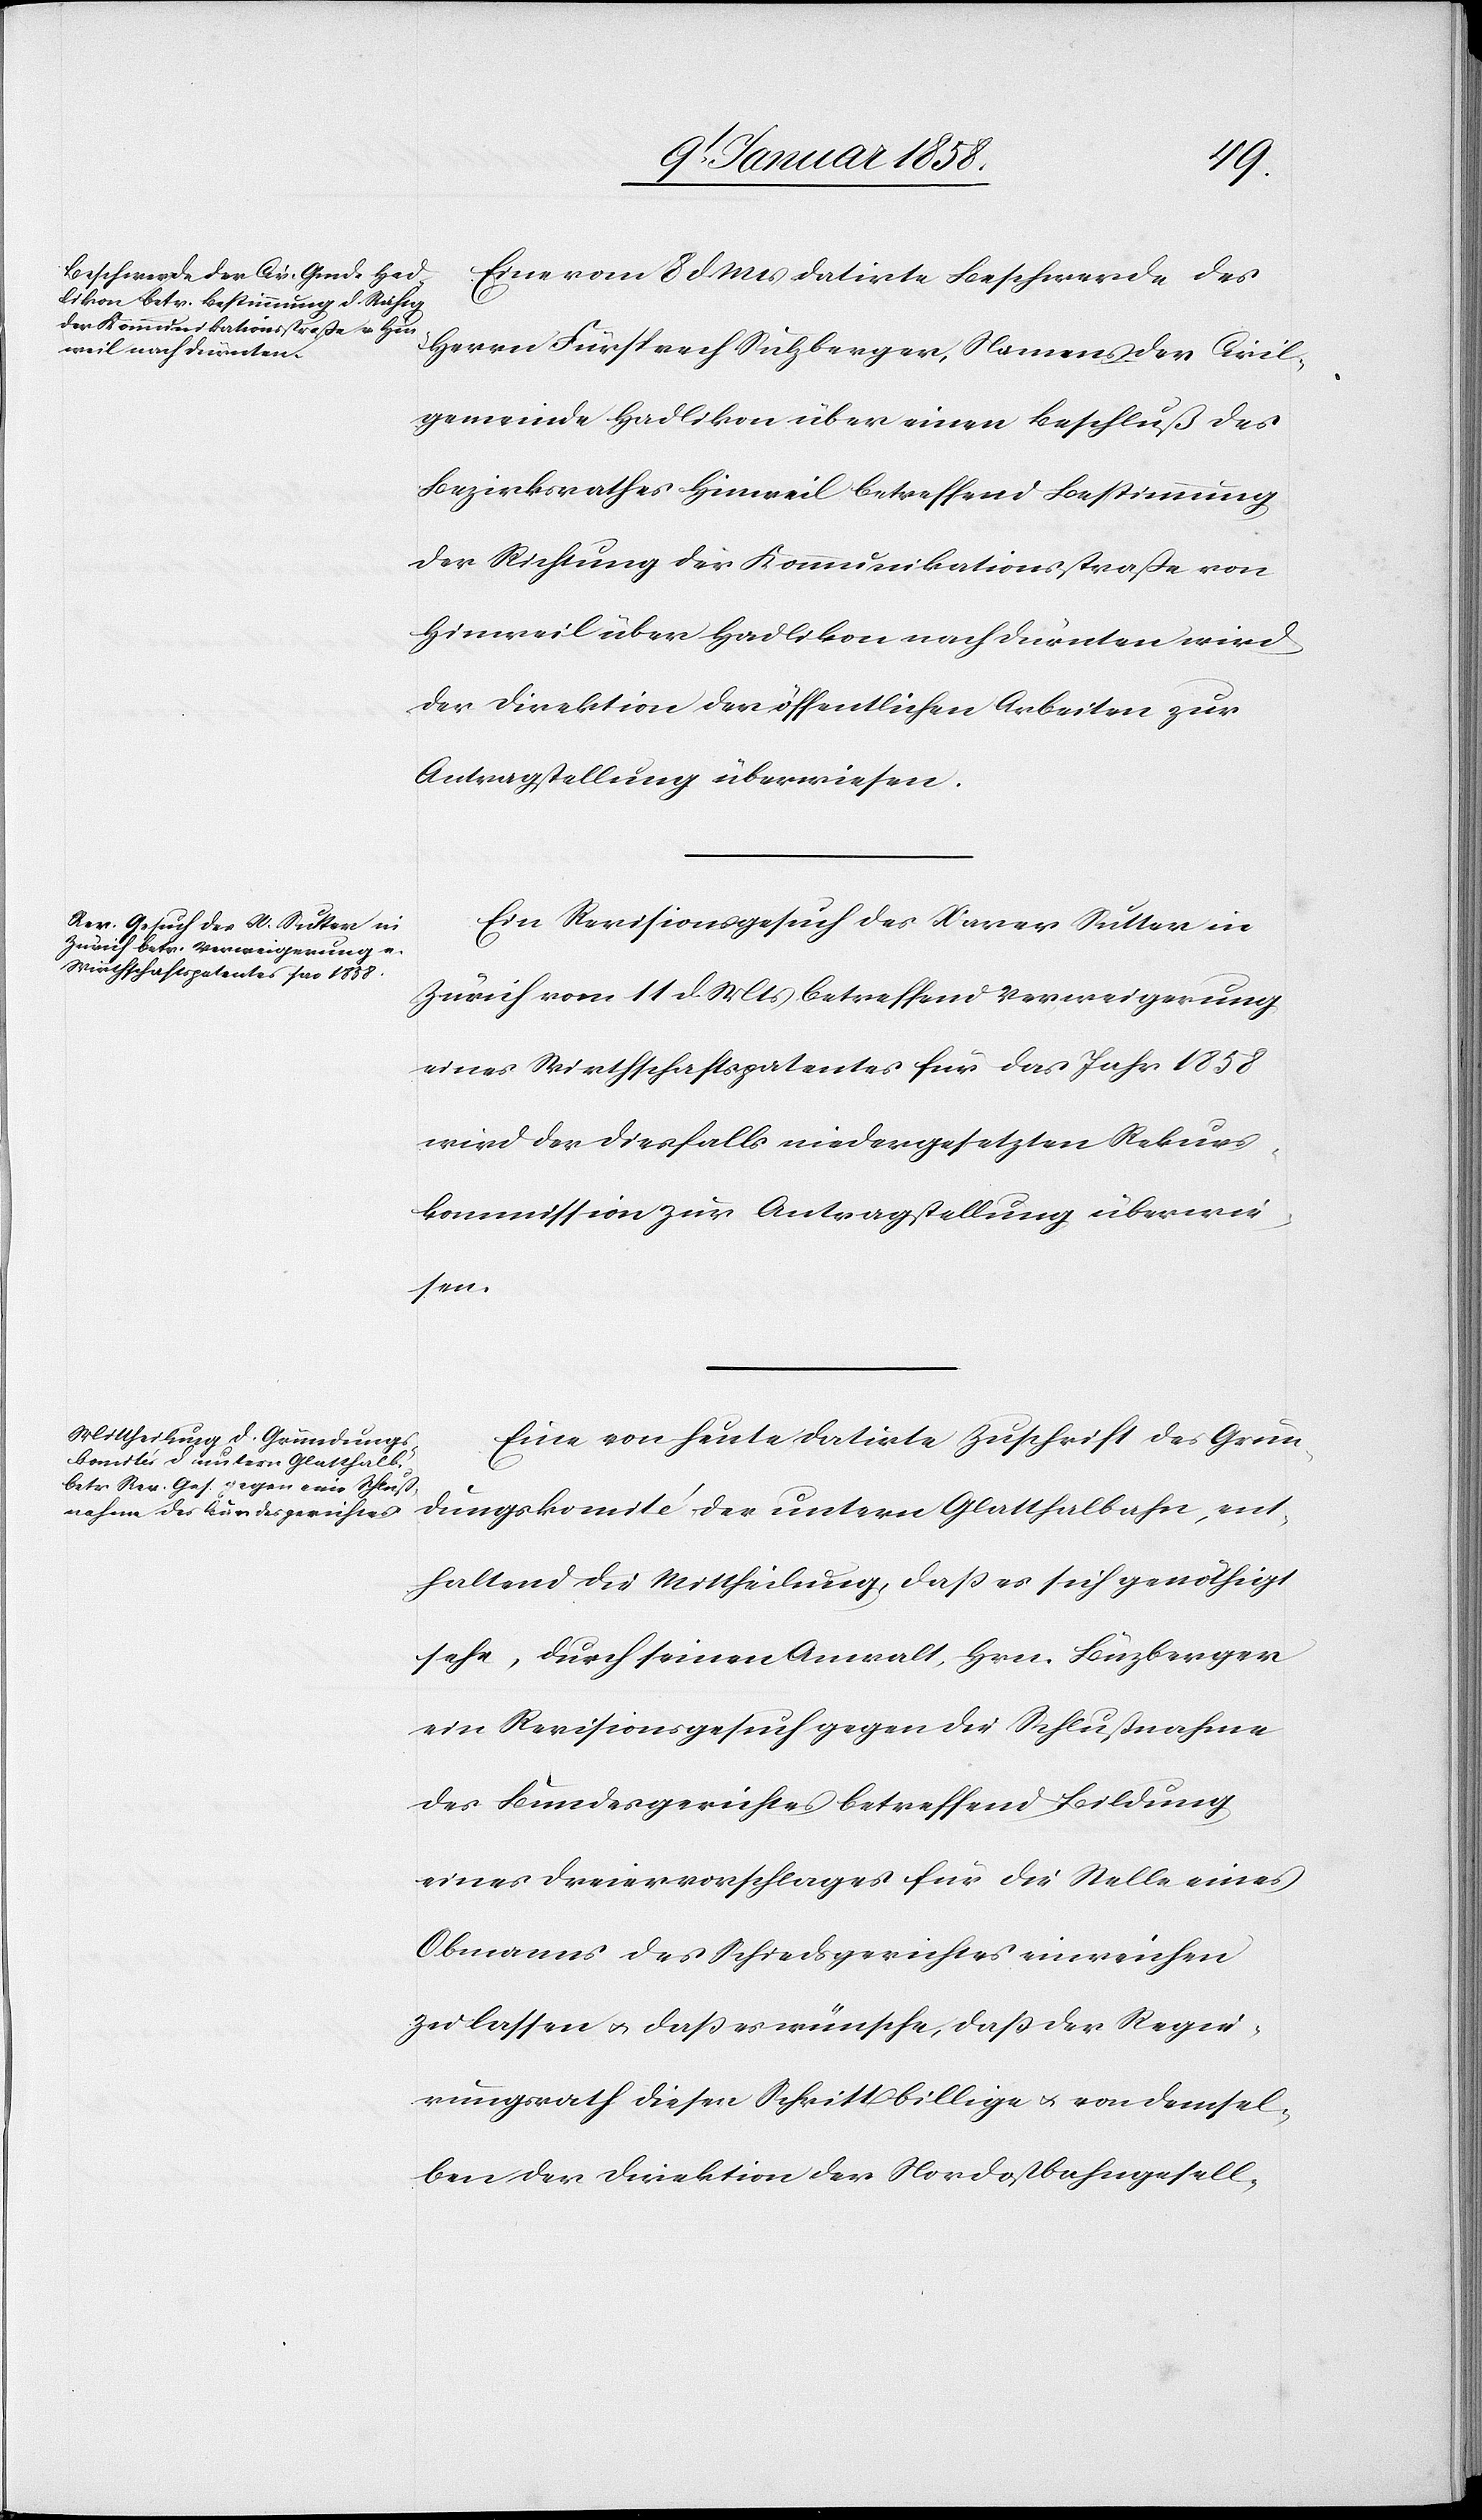
12 Januar 1858.]
Eine vom 8 d. Mts datirte Beschwerde des
Herrn Fürsprech Sulzberger, Namens der Civil¬
gemeinde Hadlikon über einen Beschluß des
Bezirksrathes Hinweil betreffend Bestimmung
der Richtung der Kommunikationsstraße von
Hinweil über Hadlikon nach Dürnten wird
der Direktion der öffentlichen Arbeiten zur
Antragstellung überwiesen.
Ein Revisionsgesuch des Xaver Sutter in
Zürich vom 11 d Mts betreffend Verweigerung
eines Wirthschaftspatentes für das Jahr 1858
wird der diesfalls niedergesetzten Rekurs¬
kommission zur Antragstellung überwie¬
sen.
Eine von heute datirte Zuschrift des Grün¬
dungskomité der untern Glatthalbahn, ent¬
haltend die Mittheilung daß es sich genöthigt
sehe, durch seinen Anwalt, Hrn. Büzberger
ein Revisionsgesuch gegen die Schlußnahme
des Bundesgerichtes betreffend Bildung
eines Dreiervorschlages für die Stelle eines
Obmanns des Schiedsgerichtes einreichen
zu lassen u. daß es wünsche, daß der Regie¬
rungsrath diesen Schritt billige u. von demsel¬
ben der Direktion der Nordostbahngesell-